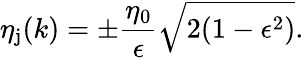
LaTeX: \eta_{\mathrm{j}}(k)=\pm\frac{\eta_{0}}{\epsilon}\sqrt{2(1-\epsilon^{2})}.